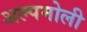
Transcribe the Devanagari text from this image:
अल्पमोली